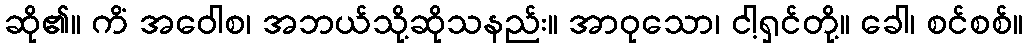
ဆို၏။ ကိံ အဝေါစ၊ အဘယ်သို့ဆိုသနည်း။ အာဝုသော၊ ငါ့ရှင်တို့။ ခေါ၊ စင်စစ်။